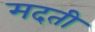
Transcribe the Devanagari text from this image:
मदती